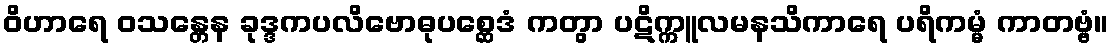
ဝိဟာရေ ဝသန္တေန ခုဒ္ဒကပလိဗောဓုပစ္ဆေဒံ ကတွာ ပဋိက္ကူလမနသိကာရေ ပရိကမ္မံ ကာတဗ္ဗံ။